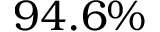
9 4 . 6 \%